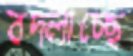
বদ্‌লাচ্ছে